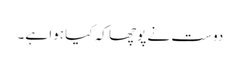
دوست نے پوچھا کہ کیا ہوا ہے۔